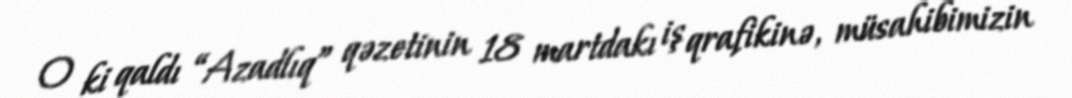
O ki qaldı “Azadlıq” qəzetinin 18 martdakı iş qrafikinə, müsahibimizin